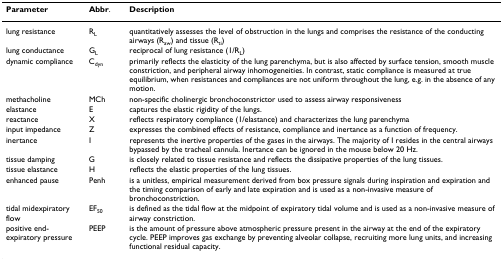
<table><thead><tr><td><b>Parameter</b></td><td><b>Abbr.</b></td><td><b>Description</b></td></tr></thead><tbody><tr><td>lung resistance</td><td>R<sub>L</sub></td><td>quantitatively assesses the level of obstruction in the lungs and comprises the resistance of the conducting airways (R<sub>aw</sub>) and tissue (R<sub>ti</sub>)</td></tr><tr><td>lung conductance</td><td>G<sub>L</sub></td><td>reciprocal of lung resistance (1/R<sub>L</sub>)</td></tr><tr><td>dynamic compliance</td><td>C<sub>dyn</sub></td><td>primarily reflects the elasticity of the lung parenchyma, but is also affected by surface tension, smooth muscle constriction, and peripheral airway inhomogeneities. In contrast, static compliance is measured at true equilibrium, when resistances and compliances are not uniform throughout the lung, e.g. in the absence of any motion.</td></tr><tr><td>methacholine</td><td>MCh</td><td>non-specific cholinergic bronchoconstrictor used to assess airway responsiveness</td></tr><tr><td>elastance</td><td>E</td><td>captures the elastic rigidity of the lungs.</td></tr><tr><td>reactance</td><td>X</td><td>reflects respiratory compliance (1/elastance) and characterizes the lung parenchyma</td></tr><tr><td>input impedance</td><td>Z</td><td>expresses the combined effects of resistance, compliance and inertance as a function of frequency.</td></tr><tr><td>inertance</td><td>I</td><td>represents the inertive properties of the gases in the airways. The majority of I resides in the central airways bypassed by the tracheal cannula. Inertance can be ignored in the mouse below 20 Hz.</td></tr><tr><td>tissue damping</td><td>G</td><td>is closely related to tissue resistance and reflects the dissipative properties of the lung tissues.</td></tr><tr><td>tissue elastance</td><td>H</td><td>reflects the elastic properties of the lung tissues.</td></tr><tr><td>enhanced pause</td><td>Penh</td><td>is a unitless, empirical measurement derived from box pressure signals during inspiration and expiration and the timing comparison of early and late expiration and is used as a non-invasive measure of bronchoconstriction.</td></tr><tr><td>tidal midexpiratory flow</td><td>EF<sub>50</sub></td><td>is defined as the tidal flow at the midpoint of expiratory tidal volume and is used as a non-invasive measure of airway constriction.</td></tr><tr><td>positive end-expiratory pressure</td><td>PEEP</td><td>is the amount of pressure above atmospheric pressure present in the airway at the end of the expiratory cycle. PEEP improves gas exchange by preventing alveolar collapse, recruiting more lung units, and increasing functional residual capacity.</td></tr></tbody></table>